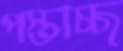
পস্তাচ্ছ